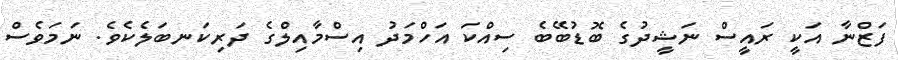
ފަޒްނާ އަކީ ރައީސް ނަޝީދުގެ ބޮޑުބޭބެ ސިއްކަ އަހްމަދު އިސްމާއިލްގެ ދަރިކަނބަލެކެވެ. ނަމަވެސް